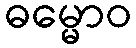
ဓမ္မောဝ